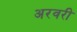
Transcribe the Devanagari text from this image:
अरवरी